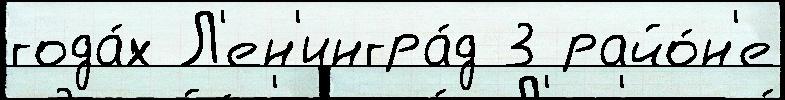
года́х Л'ен'ингра́д 3 райо́н'е